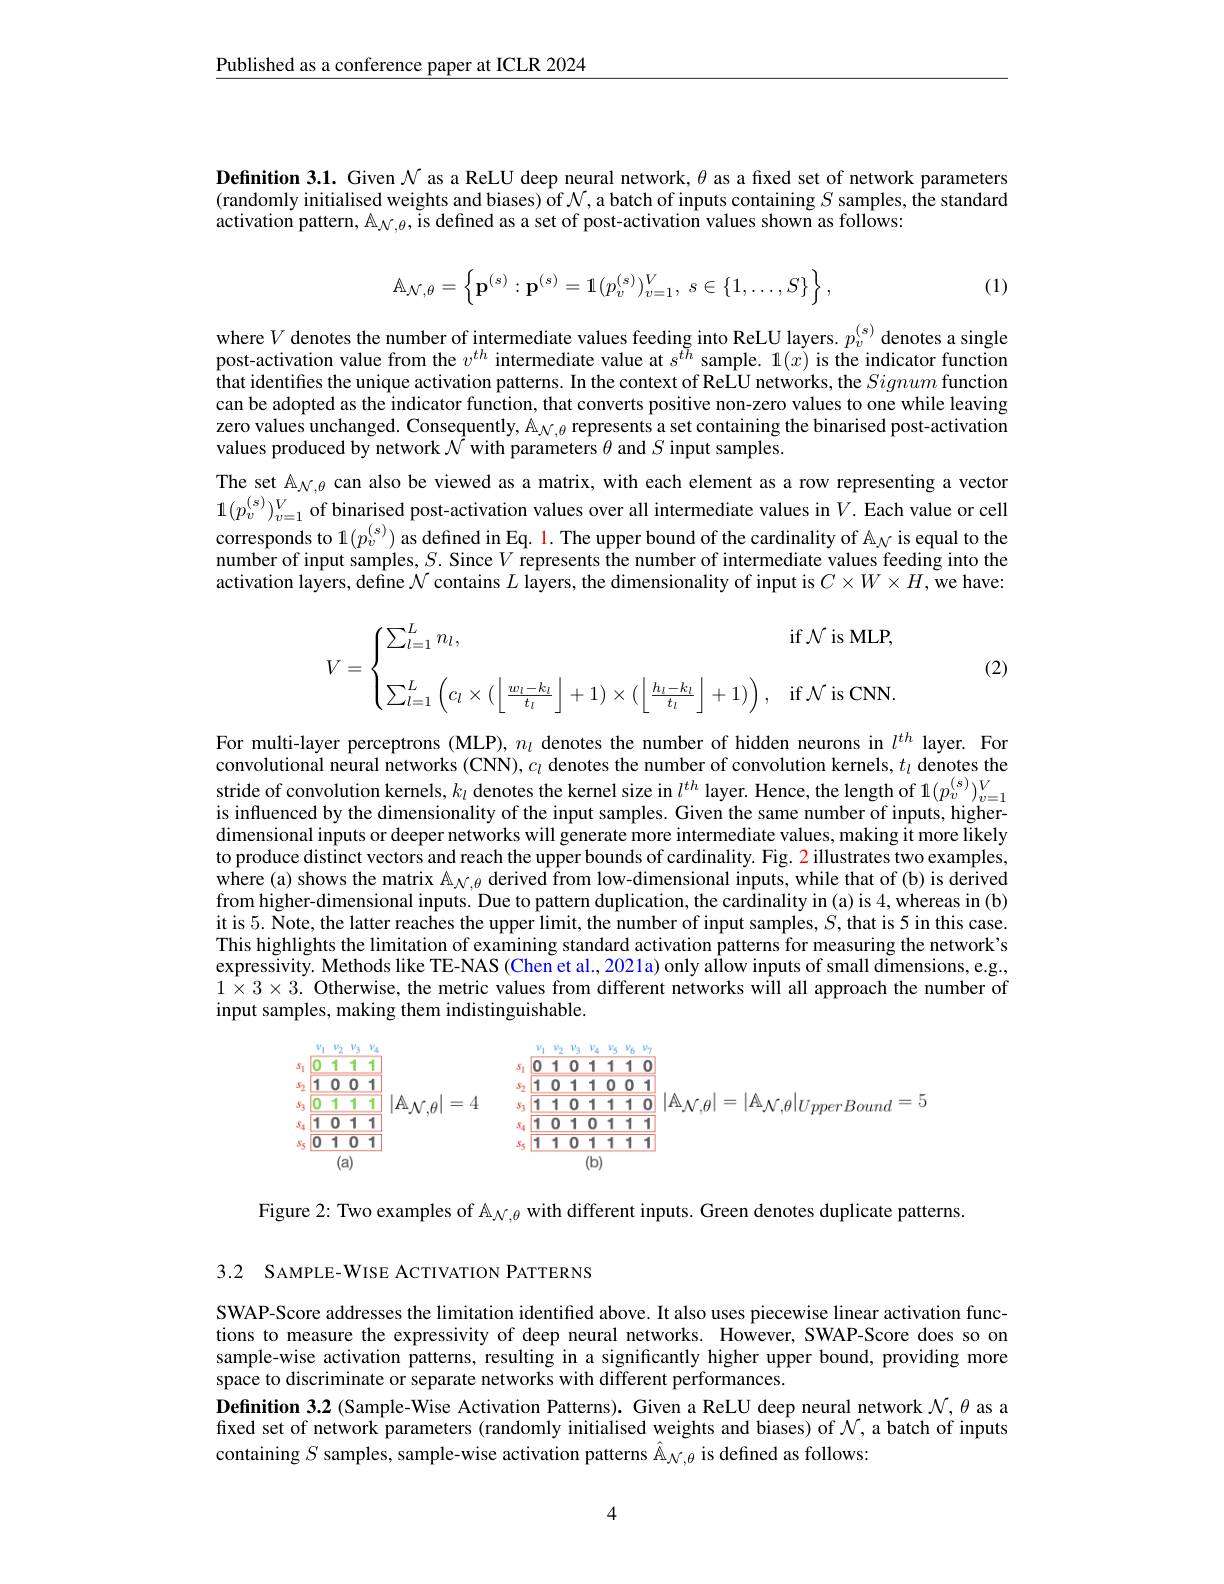
$\underline{\text{Published as a conference paper at ICLR 2024}}$

Definition 3.1. Given $N$ as a ReLU deep neural network, $\theta$ as a fixed set of network parameters (randomly initialised weights and biases) of $\mathcal{N}$,a batch of inputs containing $S$ samples, the standard activation pattern, $\mathbb{A}_{\mathcal{N},\theta}$, Ts defined as a set of post-activation values shown as follows:
$$\mathbb{A}_{\mathcal{N},\theta}=\left\{\mathbf{p}^{(s)}:\mathbf{p}^{(s)}=\mathbf{1}(p_{v}^{(s)})_{v=1}^{V},\:s\in\{1,\dots,S\}\right\},$$
(1)

where $V$ denotes the number of intermediate values feeding into ReLU layers. $p_v^{(s)}$ denotes a single post-activation value from the $v^{th}$ intermediate value at $s^{th}$ sample. $1(x)$ is the indicator function that identifies the unique activation patterns. In the context of ReLU networks, the Signum function can be adopted as the indicator function, that converts positive non-zero values to one while leaving zero values unchanged. Consequently, $\mathbb{A}_{\mathcal{N},\theta}$ represents a set containing the binarised post-activation values produced by network $\mathcal{N}$ with parameters $\theta$ and $S$ input samples.
The set $\mathbb{A}_{N,\theta}$ can also be viewed as a matrix, with each element as a row representing a vector $1(p_v^{(s)})_{v=1}^V$ of binarised post-activation values over all intermediate values in $V.$ Each value or cell corresponds to $1(p_v^{(s)})$ as defined in Eq. $\color{red}1.$ The upper bound of the cardinality of $\mathbb{A}_N$ is equal to the number of input samples, $S.$ Since $V$ represents the number of intermediate values feeding into the activation layers, define $\mathcal{N}$ contains $L$ layers, the dimensionality of input is $C\times W\times H$ we have:
$$V=\begin{cases}\sum_{l=1}^Ln_l,&\text{if}\mathcal{N}\text{is MLP},\\\\\sum_{l=1}^L\left(c_l\times(\left\lfloor\frac{w_l-k_l}{t_l}\right\rfloor+1)\times(\left\lfloor\frac{h_l-k_l}{t_l}\right\rfloor+1)\right),&\text{if}\mathcal{N}\text{is CNN}.\end{cases}$$
(2)

For multi-layer perceptrons (MLP), $n_l$ denotes the number of hidden neurons in $l^{th}$ layer. For convolutional neural networks (CNN), $c_l$ denotes the number of convolution kernels, $t_l$ denotes the stride of convolution kernels, $k_l$ denotes the kernel size in $l^{th}$ layer. Hence, the length of $1(p_v^{(\mathrm{s})})_v=1^V$ is influenced by the dimensionality of the input samples. Given the same number of inputs, higherdimensional inputs or deeper networks will generate more intermediate values, making it more likely to produce distinct vectors and reach the upper bounds of cardinality. Fig. 2 illustrates two examples where (a) shows the matrix A$_{\mathcal{N},\theta}$ derived from low-dimensional inputs, while that of (b) is derived from higher-dimensional inputs. Due to pattern duplication, the cardinality in (a) is 4, whereas in (b) itis 5. Note, the latter reaches the upper limit, the number of input samples, $S$,that is 5 in this case. This highlights the limitation of examining standard activation patterns for measuring the network's expressivity. Methods like TE-NAS (Chen et al., 2021a) only allow inputs of small dimensions, e.g., $1\times3\times3.$ Otherwise, the metric values from different networks will all approach the number of input samples, making them indistinguishable.
$$\begin{aligned}&s_{1}\boxed{0\:1\:1\:1}\\&s_{2}\boxed{1\:0\:0\:1}\\&s_{4}\boxed{1\:0\:1\:1}\\&s_{5}\boxed{1\:0\:1\:1}\\&\text{(a)}\end{aligned}$$
Figure 2: Two examples of $\mathbb{A}_{\mathcal{N},\theta}$ with different inputs. Green denotes duplicate patterns

3.2 SAMPLE-WISE ACTIVATION PATTERNS

SWAP-Score addresses the limitation identified above. It also uses piecewise linear activation functions to measure the expressivity of deep neural networks. However, SWAP-Score does so on sample-wise activation patterns, resulting in a significantly higher upper bound, providing more space to discriminate or separate networks with different performances.
Definition 3.2 (Sample-Wise Activation Patterns). Given a ReLU deep neural network $\mathcal{N},\theta$ as a fixed set of network parameters (randomly initialised weights and biases) of $\mathcal{N}$,a batch of inputs containing $S$ samples, sample-wise activation patterns Â$_{\mathcal{N},\theta}$ is defined as follows:

4